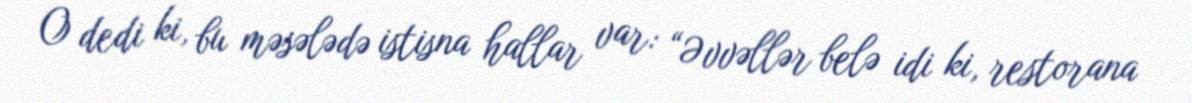
O dedi ki, bu məsələdə istisna hallar var: “Əvvəllər belə idi ki, restorana